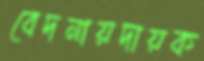
বেদনায়দায়ক